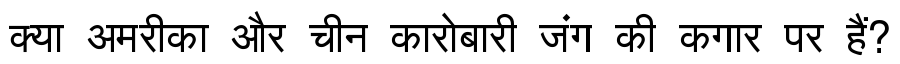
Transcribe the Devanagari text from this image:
क्या अमरीका और चीन कारोबारी जंग की कगार पर हैं?